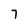
Character: 7